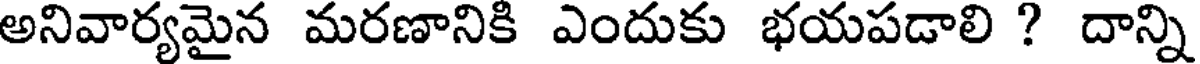
అనివార్యమైన మరణానికి ఎందుకు భయపడాలి ? దాన్ని